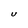
Character: U